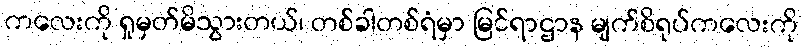
ကလေးကို ရှုမှတ်မိသွားတယ်၊ တစ်ခါတစ်ရံမှာ မြင်ရာဌာန မျက်စိရုပ်ကလေးကို